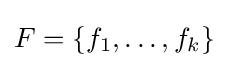
F=\{f_{1},\ldots ,f_{k}\}